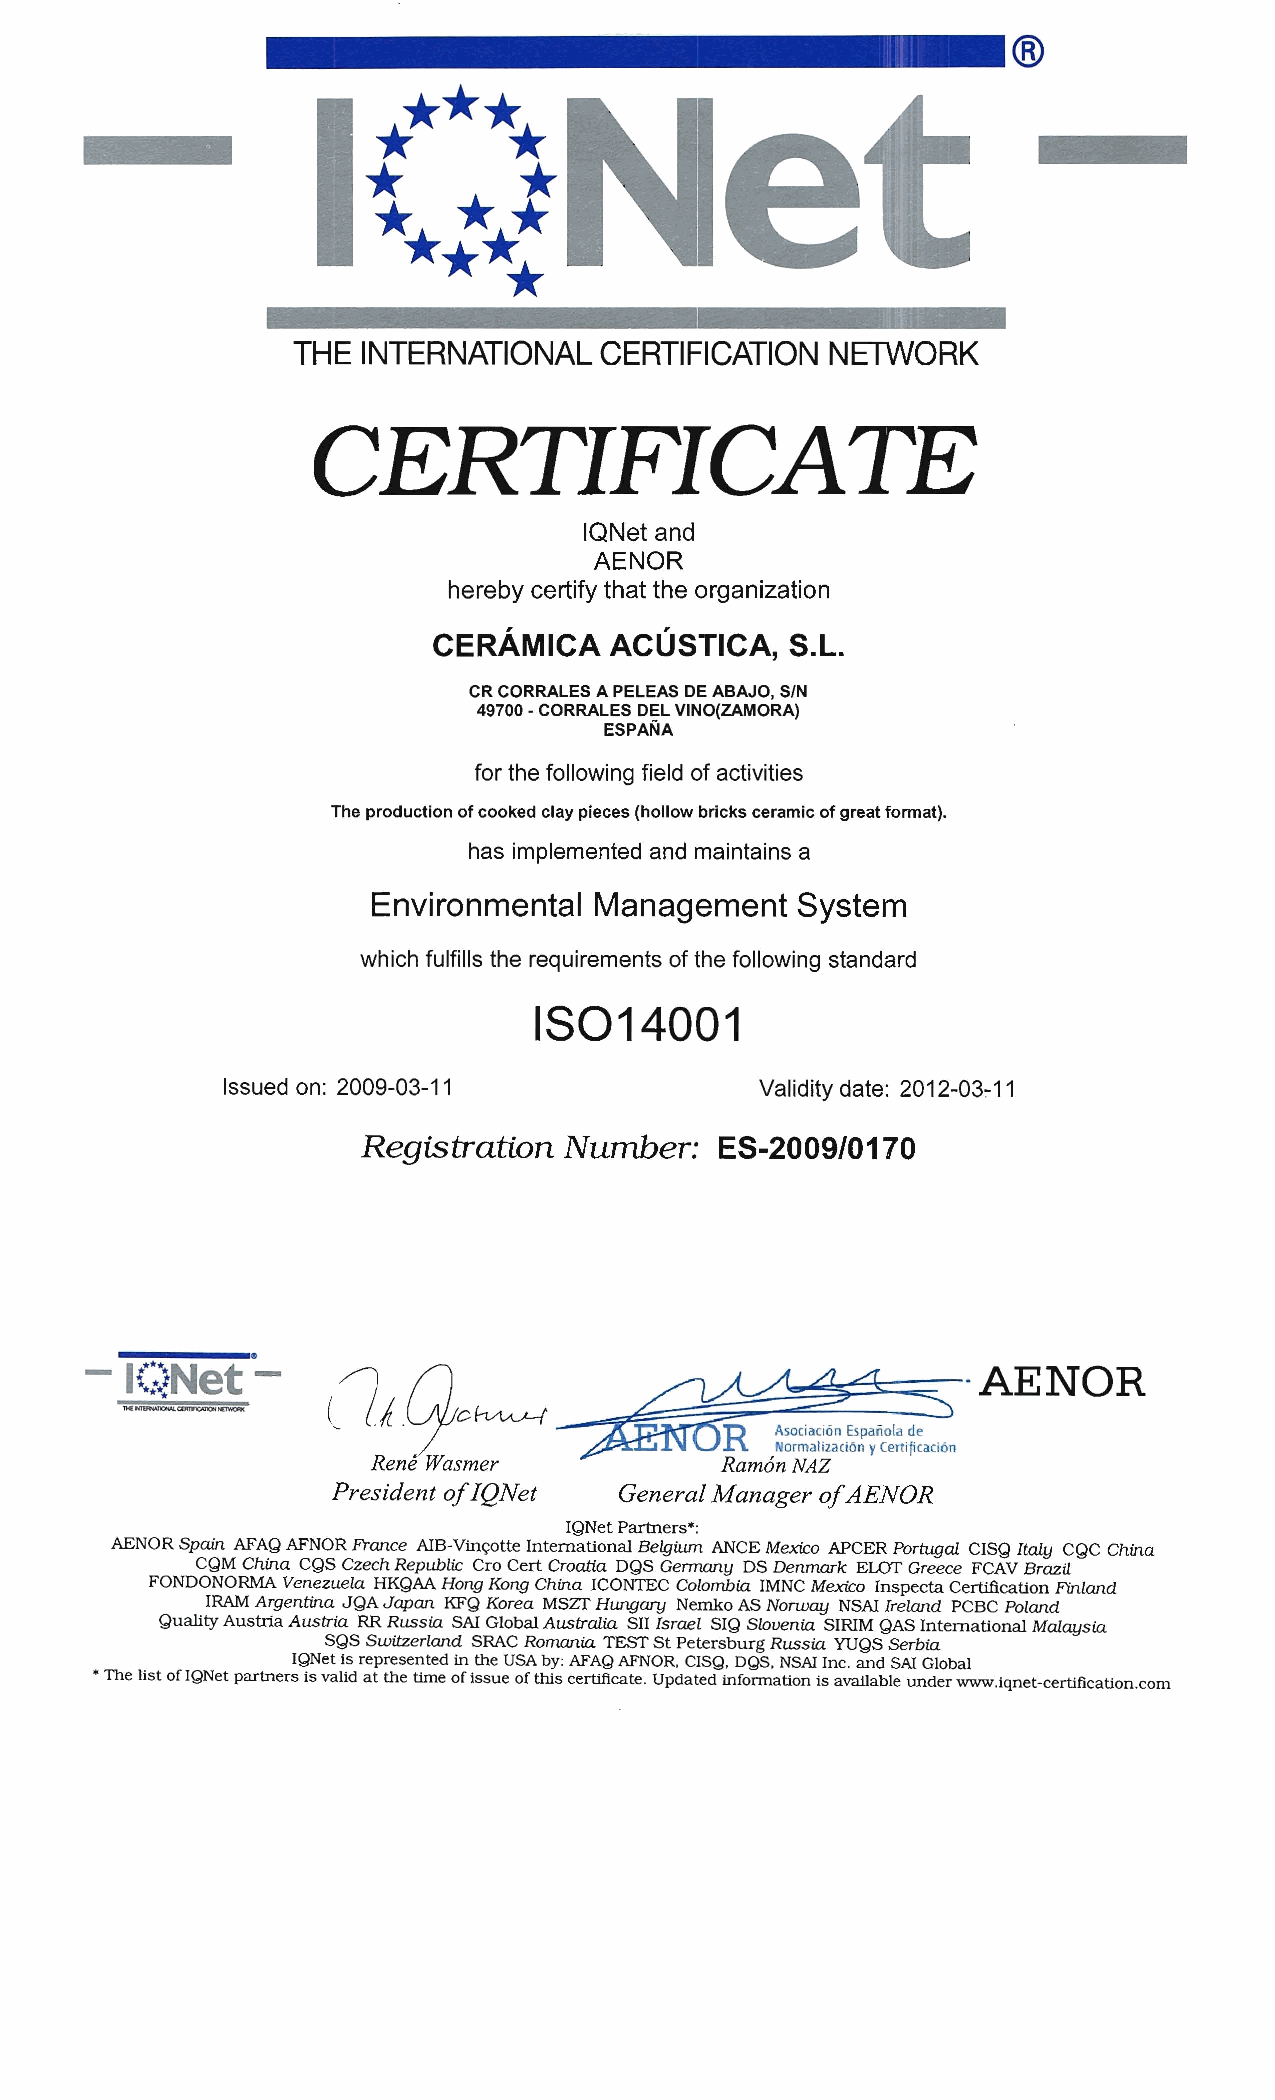
®
 THE  INTERNATIONAL   CERTIFICATION  NETWORK
 CERTIFICATE
 IQNet and
 AENOR
 herebycertify thatthe organization
 CERAMICA   ACUSTICA,   S.L.
 CR CORRALES A PELEAS DE ABAJO, SIN
 49700 -CORRALES DEL VINO(ZAMORA)
 ESPANA
 for the following field of activities
 The production of cooked clay pieces (hollow bricks ceramic of great format).
 has implemented and maintains a
 Environmental Management    System
 which fulfills the requirements of the following standard
 18014001
 Issued on: 2009-03-11              Validity date: 2012-03:-11
 Registration Number:    ES-2009/0170
 ----_.
 -
 1(;:iNet ­    clltqc~...-=v~~~~:;-.
 AENOR
 R  Asociacion Espanola de
 Normalizaci6n yCertijicacto n
 Rene Wasmer            RamonNAZ
 President ofIQNet  General Manager ofAENOR
 IQNet Partners":
 AENOR Spain AFAQ AFNOR France AlB-Vinc;:otte International Belgium ANCE Mexico APCER Portugal CISQ Italy CQC China
 CQM China CQS Czech Republic Cro Cert Croatia DQS Gennany DS Denmark ELOT Greece FCAV Brazil
 FONDONORMA Venezuela HKQAA Hong Kong China ICONTEC Colombia IMNC Mexico Inspecta Certification Finland
 IRAM Argentina JQA Japan KFQ Korea MSzr Hunqaru Nemko AS Norway NSAl Ireland PCBC Poland
 Quality Austria Austria RR Russia SAl Global Australia SII Israel SIQ Slovenia SIRIM QAS International Malaysia
 SQS Switzerland SRAC Romania TEST St Petersburg Russia YUQS Serbia
 IQNetis representedin theUSAby:AFAQAFNOR, CISQ, DQS.NSAl Inc. andSAl Global
 * The list of IQNet partners is valid at the time of Issue of this certificate. Updated infonnation Is available under www.lqnet-certification.com